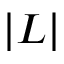
| L |